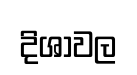
දිශාවල